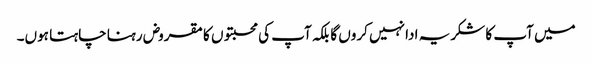
میں آپ کا شکریہ ادا نہیں کروں گا بلکہ آپ کی محبتوں کا مقروض رہنا چاہتا ہوں۔